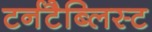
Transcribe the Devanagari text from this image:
टर्नटैब्लिस्ट